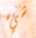
شيء